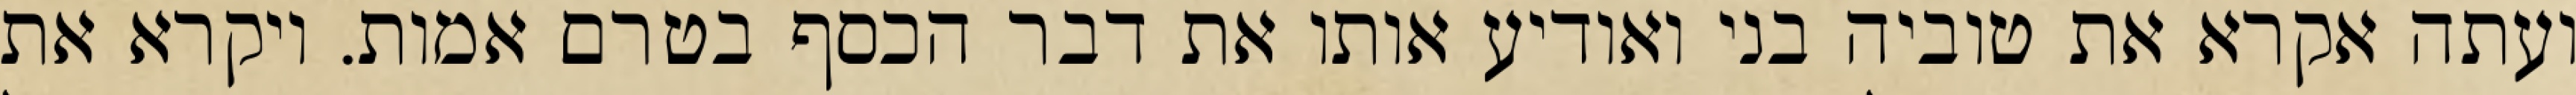
ועתה אקרא את טוביה בני ואודיע אותו את דבר הכסף בטרם אמות. ויקרא את